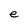
Character: e